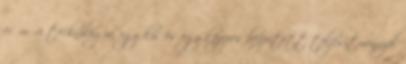
erőművi technológia, egy kis és egy közepes beépített teljesítménnyel